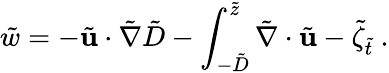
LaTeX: \tilde{w}=-\tilde{\mathbf{u}}\cdot\tilde{\nabla}\tilde{D}-\int_{-\tilde{D}}^{\tilde{z}}\tilde{\nabla}\cdot\tilde{\mathbf{u}}-\tilde{\zeta}_{\tilde{t}}\ .